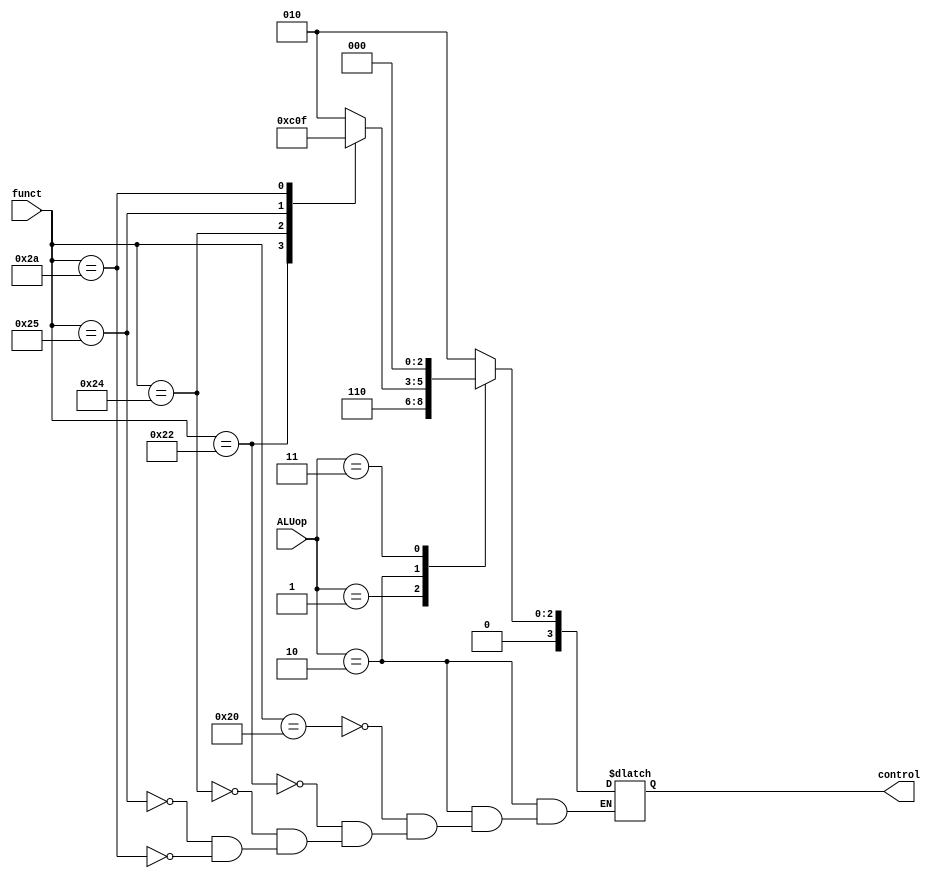
`ifndef MODULE_ALU_CONTROL
`define MODULE_ALU_CONTROL

module ALUControl (
	input 		[1:0]	ALUop,
	input 		[5:0]	funct,
	output reg	[3:0]	control	
);
	always @(*) begin
		case (ALUop)
			2'b00: 
				control = 4'b0010;
			2'b01:
				control = 4'b0110;
			2'b10:
				case (funct)
					6'b100000:
						control = 4'b0010;
					6'b100010:
						control = 4'b0110;
					6'b100100:
						control = 4'b0000;
					6'b100101:
						control = 4'b0001;
					6'b101010:
						control = 4'b0111;
					default : ;
				endcase
			2'b11:
				control = 4'b0000;
			default : ;
		endcase
	end

endmodule

`endif